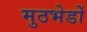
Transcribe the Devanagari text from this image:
मुठभेडों